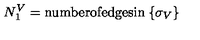
N _ { 1 } ^ { V } = \mathrm { n u m b e r o f e d g e s i n } \: \{ \sigma _ { V } \}